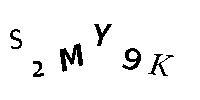
S2MY9K